Lunatic asylums Madras 1877-1891 - 1877-1891
Year: 1877
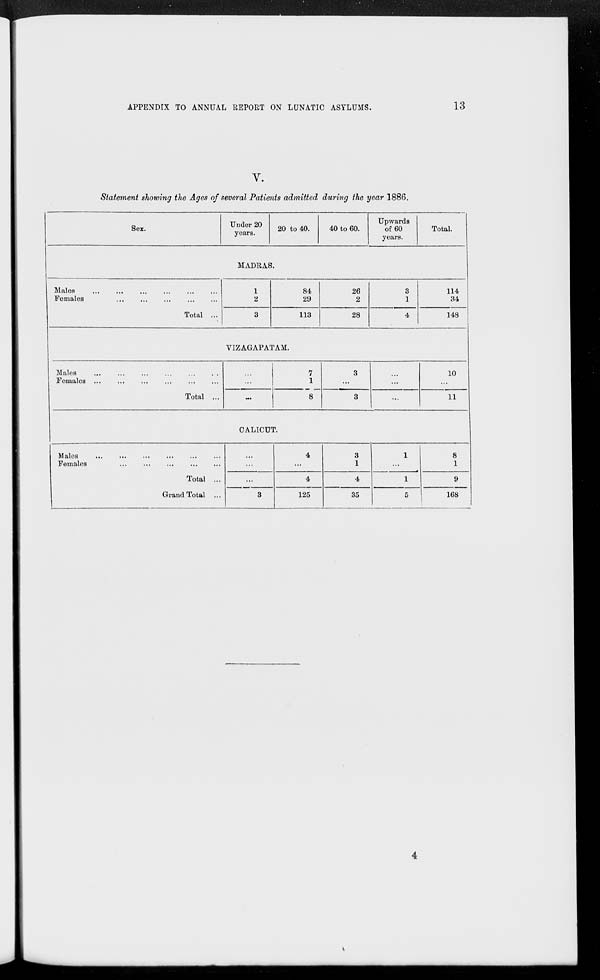
APPENDIX TO ANNUAL REPORT ON LUNATIC ASYLUMS.
13
V.
Statement showing the Ages of several Patients admitted during the year 1886.
Sex.
Under 20
years.
20 to 40.
40 to 60.
Upwards
of 60
years.
Total.
MADRAS.
Males ... ... ... ... ... ...
Females
...
...
...
...
...
...
Total ...
1
2
3
84
29
113
26
2
28
3
1
4
114
34
148
VIZAGAPATAM.
Males ... ... ... ... ... ...
Females ... ... ... ... ... ...
Total ...
...
...
...
7
1
8
3
...
3
...
...
...
10
...
11
CALICUT.
Males
...
...
...
...
...
...
Females
...
...
...
...
...
...
Total ...
Grand Total ...
...
...
...
3
4
...
4
125
3
1
4
35
1
...
1
5
8
1
9
168
4